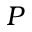
P